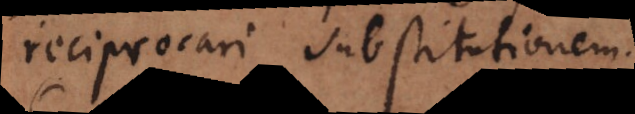
reciprocari substitutionem.